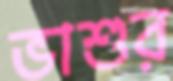
ভাশুর